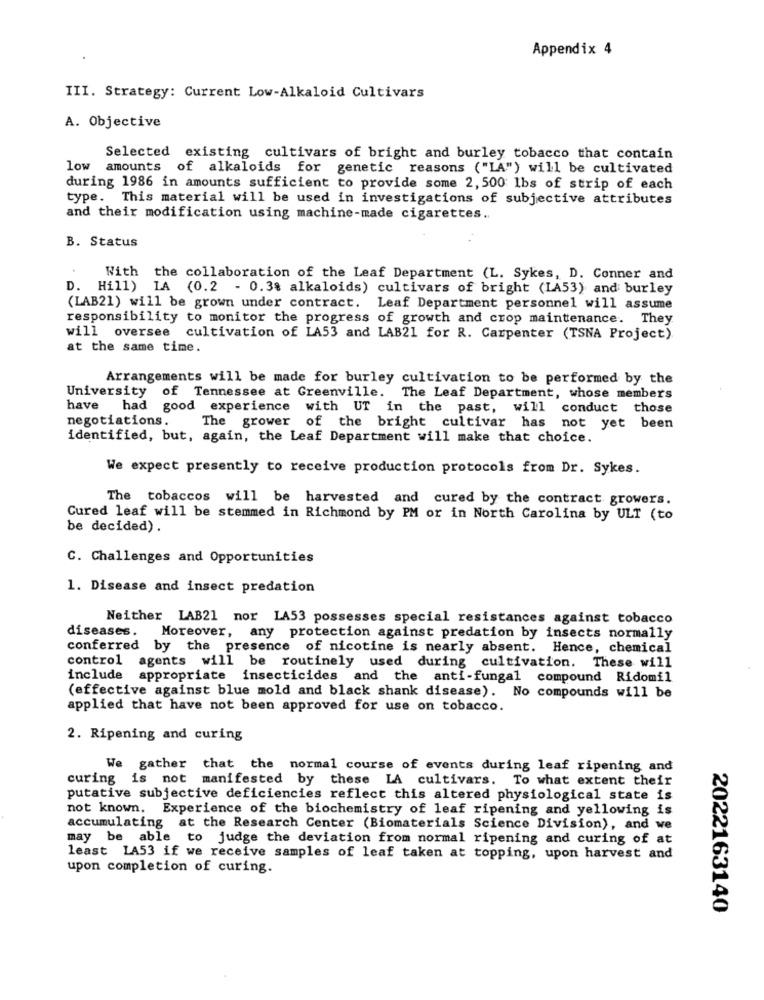
Appendix 4
III. Strategy: Current Low-Alkaloid Cultivars
A. Objective
Selected existing cultivars of bright and burley tobacco that contain
low amounts of alkaloids for genetic reasons ("LA") will be cultivated
during 1986 in amounts sufficient to provide some 2, 500 1bs of strip of each
type. This material will be used in investigations of subjective attributes
and their modification using machine-made cigarettes.
B. Status
With the collaboration of the Leaf Department (L. Sykes, D. Conner and
D. Hill) LA (0.2 - 0.38 alkaloids) cultivars of bright (LA53) and burley
(LAB21) will be grown under contract.
Leaf Department personnel will assume
responsibility to monitor the progress of growth and crop maintenance. They
will oversee
cultivation of LA53 and LAB21 for R. Carpenter (TSNA Project)
at the same time.
Arrangements will be made for burley cultivation to be performed by the
University of Tennessee at Greenville. The Leaf Department, whose members
have had good experience with UT in the past, will conduct those
negotiations.
The grower of the bright cultivar has not yet been
identified, but, again, the Leaf Department will make that choice.
We expect presently to receive production protocols from Dr. Sykes.
The tobaccos will be harvested and cured by the contract growers.
Cured leaf will be stemmed in Richmond by PM or in North Carolina by ULT (to
be decided).
C. Challenges and Opportunities
1. Disease and insect predation
Neither LAB21 nor LA53 possesses special resistances against tobacco
diseases. Moreover, any protection against predation by insects normally
conferred by the presence of nicotine is nearly absent. Hence, chemical
control agents will be routinely used during cultivation. These will
include appropriate insecticides and the anti-fungal compound Ridomil
(effective against blue mold and black shank disease). No compounds will be
applied that have not been approved for use on tobacco.
2. Ripening and curing
We gather that the normal course of events during leaf ripening and
curing is not manifested by these LA cultivars. To what extent their
putative subjective deficiencies reflect this altered physiological state is
not known. Experience of the biochemistry of leaf ripening and yellowing is
accumulating at the Research Center (Biomaterials Science Division), and we
may be able to judge the deviation from normal ripening and curing of at
least LA53 if we receive samples of leaf taken at topping, upon harvest and
upon completion of curing.
2022163140